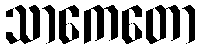
သာကေတော